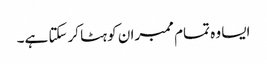
ایسا وہ تمام ممبران کو ہٹا کرسکتا ہے۔